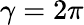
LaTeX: \gamma=2\pi